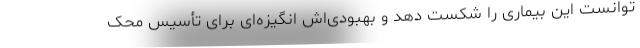
توانست این بیماری را شکست دهد و بهبودی‌اش انگیزه‌ای برای تأسیس محک